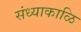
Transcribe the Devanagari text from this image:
संध्याकाळि